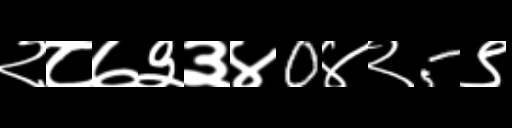
Text: २८७३३४0४२5९